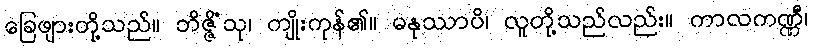
ခြေဖျားတို့သည်။ ဘိဇ္ဇိံသု၊ ကျိုးကုန်၏။ မနုဿာပိ၊ လူတို့သည်လည်း။ ကာလကဏ္ဏီ၊